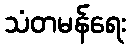
သံတမန်ရေး